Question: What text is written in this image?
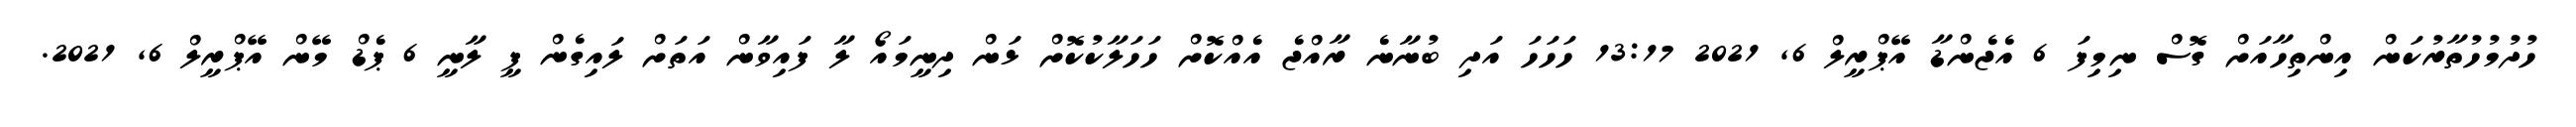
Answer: ހުދުމުހުތާރުކަން އިންތިހާއަށް ގޮސް ނިމިފަ 6 އެޖެންޑާ އޭޕްރީލް 6, 2021 13:17 ހަހަހަ އަދި ބުނާނެ ރާއްޖެ އެއްކޮށް ހަހަލާކުކޮށް ޅަން ދިނީމައޯ ލާ ފައިވާން އަތަށް ލައިގެން ފީ ލާނީ 6 ޕެޑް މޭން އޭޕްރީލް 6, 2021.